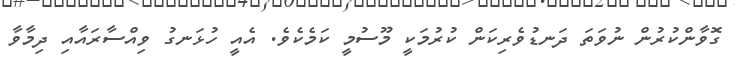
ގޮވާންކުރުން ނުވަތަ ދަނޑުވެރިކަން ކުރުމަކީ މޫސުމީ ކަމެކެވެ. އެއީ ހުޅަނގު ވިއްސާރައާއި ދިމާވާ